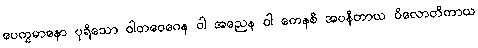
ပေက္ခမာနော ပုရိသော ဝါတဝေဂေန ဝါ အညေန ဝါ ကေနစိ အပနီတာယ ပိလောတိကာယ